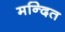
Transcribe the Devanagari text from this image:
मन्दित